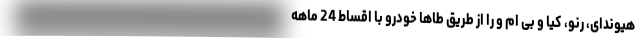
هیوندای، رنو، کیا و بی ام و را از طریق طاها خودرو با اقساط 24 ماهه